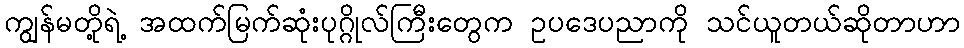
ကျွန်မတို့ရဲ့ အထက်မြက်ဆုံးပုဂ္ဂိုလ်ကြီးတွေက ဥပဒေပညာကို သင်ယူတယ်ဆိုတာဟာ